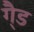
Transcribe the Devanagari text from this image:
गै्ड